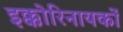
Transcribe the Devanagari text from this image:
इक्कोरिनायकों